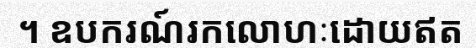
។ ឧបករណ៍រកលោហៈដោយឥត